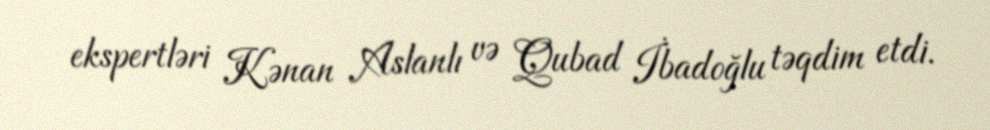
ekspertləri Kənan Aslanlı və Qubad İbadoğlu təqdim etdi.